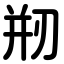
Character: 剏